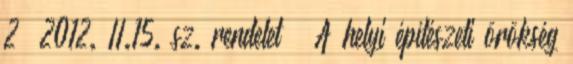
2 2012. II.15. sz. rendelet – A helyi építészeti örökség